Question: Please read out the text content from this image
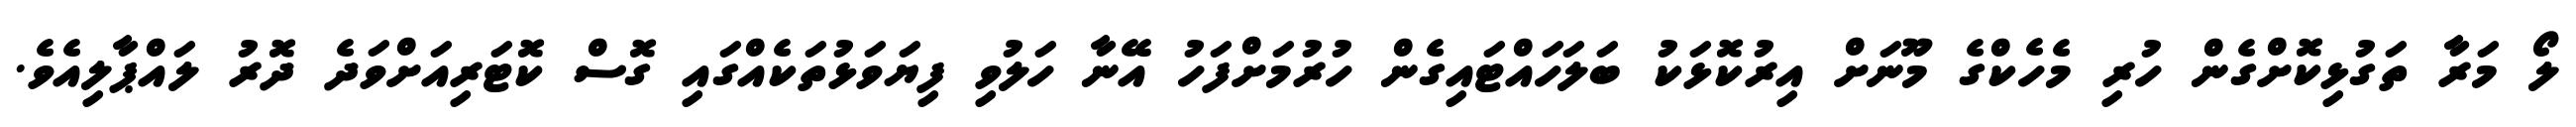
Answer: ލޯ މަރާ ތަގުޅިކޮށްގެން ހުރި މެހެކްގެ މޫނަށް އިރުކޮޅަކު ބަލަހައްޓައިގެން ހުރުމަށްފަހު އޭނާ ހަލުވި ފިޔަވަޅުތަކެއްގައި ގޮސް ކޮޓަރިއަށްވަދެ ދޮރު ލައްޕާލިއެވެ.